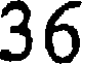
36